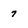
Character: 7